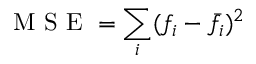
\textrm { M S E } = \sum _ { i } ( f _ { i } - \bar { f } _ { i } ) ^ { 2 }